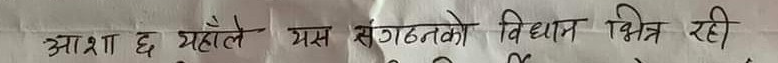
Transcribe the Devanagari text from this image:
आशा छ यहाँले यस संगठनको विधान भित्र रही